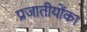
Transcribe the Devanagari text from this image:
प्रजातीयोंका